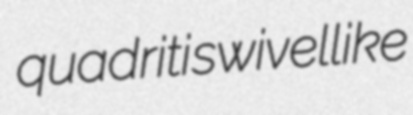
quadriti swivellike